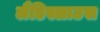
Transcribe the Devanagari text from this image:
लैडिस्लाउस